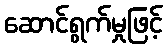
ဆောင်ရွက်မှုဖြင့်